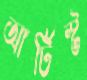
আর্টিস্ট